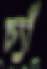
চ্যাঁ